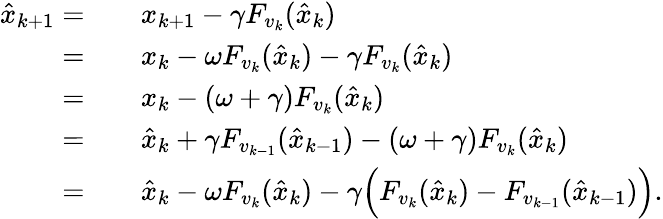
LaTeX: \begin{array}{rl}{\hat{x}_{k+1}=\quad}&{x_{k+1}-\gamma F_{v_{k}}(\hat{x}_{k})}\\ {=\quad}&{x_{k}-\omega F_{v_{k}}(\hat{x}_{k})-\gamma F_{v_{k}}(\hat{x}_{k})}\\ {=\quad}&{x_{k}-(\omega+\gamma)F_{v_{k}}(\hat{x}_{k})}\\ {=\quad}&{\hat{x}_{k}+\gamma F_{v_{k-1}}(\hat{x}_{k-1})-(\omega+\gamma)F_{v_{k}}(\hat{x}_{k})}\\ {=\quad}&{\hat{x}_{k}-\omega F_{v_{k}}(\hat{x}_{k})-\gamma\Big(F_{v_{k}}(\hat{x}_{k})-F_{v_{k-1}}(\hat{x}_{k-1})\Big).}\end{array}